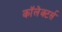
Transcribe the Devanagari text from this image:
कॉलेक्टर्स